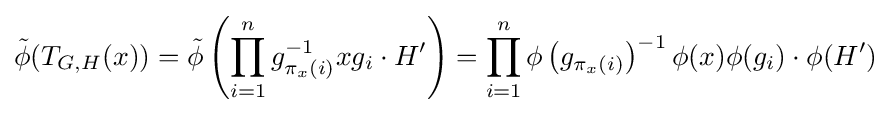
{\tilde {\phi }}(T_{G,H}(x))={\tilde {\phi }}\left(\prod _{i=1}^{n}g_{\pi _{x}(i)}^{-1}xg_{i}\cdot H'\right)=\prod _{i=1}^{n}\phi \left(g_{\pi _{x}(i)}\right)^{-1}\phi (x)\phi (g_{i})\cdot \phi (H')